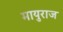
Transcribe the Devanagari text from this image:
मायुराज